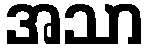
အသာ